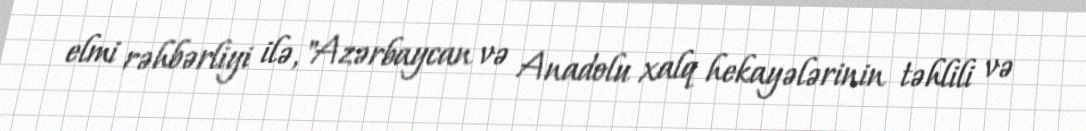
elmi rəhbərliyi ilə, "Azərbaycan və Anadolu xalq hekayələrinin təhlili və